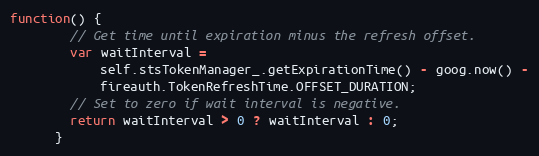
Language: JavaScript
function() {
        // Get time until expiration minus the refresh offset.
        var waitInterval =
            self.stsTokenManager_.getExpirationTime() - goog.now() -
            fireauth.TokenRefreshTime.OFFSET_DURATION;
        // Set to zero if wait interval is negative.
        return waitInterval > 0 ? waitInterval : 0;
      }